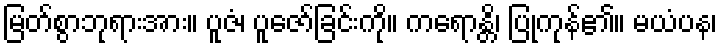
မြတ်စွာဘုရားအား။ ပူဇံ၊ ပူဇော်ခြင်းကို။ ကရောန္တိ၊ ပြုကုန်၏။ မယံပန၊